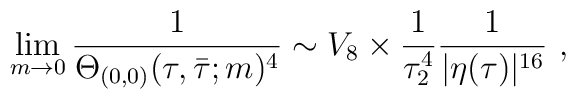
\lim_{m\rightarrow 0} \frac{1}{\Theta_{(0,0)}(\tau,\bar{\tau};m)^4}\sim V_8\times \frac{1}{\tau_2^4} \frac{1}{|\eta(\tau)|^{16}}~,